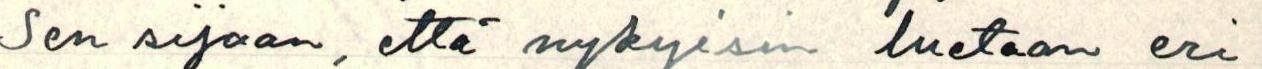
Sen sijaan, että nykyisin luetaan eri